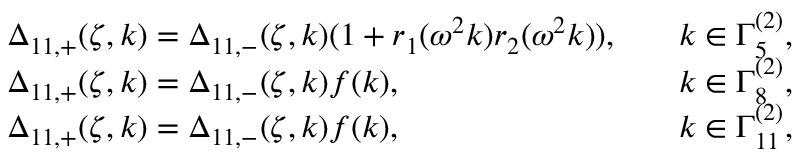
\begin{array} { r l r l } & { \Delta _ { 1 1 , + } ( \zeta , k ) = \Delta _ { 1 1 , - } ( \zeta , k ) ( 1 + r _ { 1 } ( \omega ^ { 2 } k ) r _ { 2 } ( \omega ^ { 2 } k ) ) , } & & { k \in \Gamma _ { 5 } ^ { ( 2 ) } , } \\ & { \Delta _ { 1 1 , + } ( \zeta , k ) = \Delta _ { 1 1 , - } ( \zeta , k ) f ( k ) , } & & { k \in \Gamma _ { 8 } ^ { ( 2 ) } , } \\ & { \Delta _ { 1 1 , + } ( \zeta , k ) = \Delta _ { 1 1 , - } ( \zeta , k ) f ( k ) , } & & { k \in \Gamma _ { 1 1 } ^ { ( 2 ) } , } \end{array}